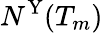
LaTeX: N^{\mathrm{Y}}(T_{m})